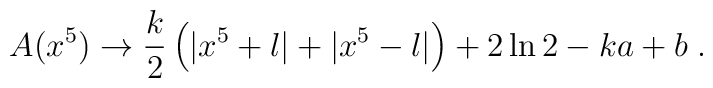
A(x^5) \rightarrow \frac{k}{2}\left(|x^5+l|+|x^5-l|\right)                     +2\ln 2-ka+b \; .